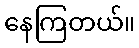
နေကြတယ်။